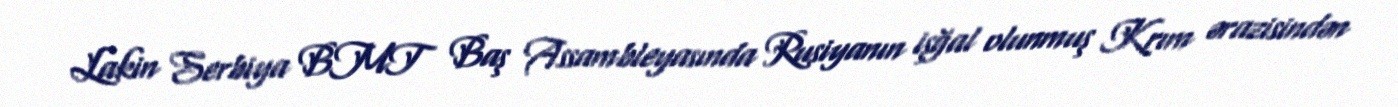
Lakin Serbiya BMT Baş Assambleyasında Rusiyanın işğal olunmuş Krım ərazisindən